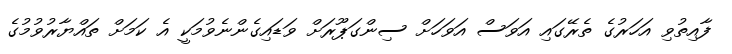
ފާއިތުވި އަހަރުގެ ތެރޭގައި އަވަސް އަވަހަށް ސިންގަޕޫރަށް ވަޑައިގެންނެވުމަކީ އެ ކަމަށް ތައްޔާރުވުމުގެ